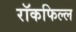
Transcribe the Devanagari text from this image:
रॉकफिल्ल